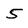
Character: 5